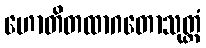
ဟောတိတထာဂတောသုတ္တံ